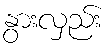
နွားလှည်း